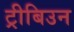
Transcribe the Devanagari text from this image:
ट्रीबिउन